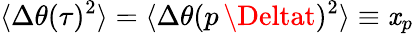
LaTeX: \langle\Delta\theta(\tau)^{2}\rangle=\langle\Delta\theta(p\, \Deltat)^{2}\rangle\equiv\mathit{x}_{p}